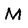
Character: M